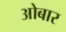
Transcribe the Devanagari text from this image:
ओबार